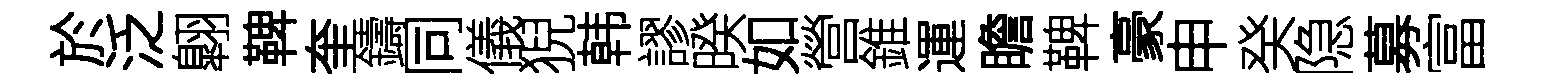
於泛翺鞞奎鑄同儀猊韩謬暌如營錐運瞻鞞豪申癸隐募富